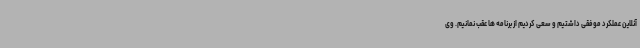
آنلاین عملکرد موفقی داشتیم و سعی کردیم از برنامه ها عقب نمانیم. وی